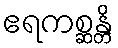
ဧရကစ္ဆန္တိ